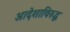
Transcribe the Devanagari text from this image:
आदेशाविरुद्ध